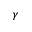
\gamma